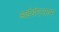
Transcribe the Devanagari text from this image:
आईडीएसएम